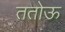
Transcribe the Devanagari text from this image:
ततोऊ